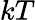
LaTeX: kT